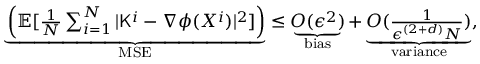
\begin{array} { r } { \underbrace { \left( \mathbb { E } [ \frac { 1 } { N } \sum _ { i = 1 } ^ { N } | { \sf K } ^ { i } - \nabla \phi ( X ^ { i } ) | ^ { 2 } ] \right) } _ { \mathrm { M S E } } \leq \underbrace { O ( \epsilon ^ { 2 } ) } _ { \mathrm { b i a s } } + \underbrace { O ( \frac { 1 } { \epsilon ^ { ( 2 + d ) } N } ) } _ { \mathrm { v a r i a n c e } } , } \end{array}